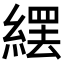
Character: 𦃿